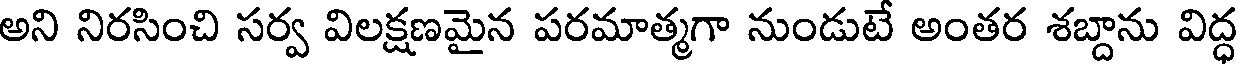
అని నిరసించి సర్వ విలక్షణమైన పరమాత్మగా నుండుటే అంతర శబ్దాను విద్ధ